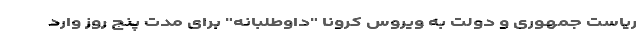
ریاست جمهوری و دولت به ویروس کرونا "داوطلبانه" برای مدت پنج روز وارد